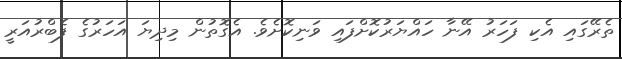
ތެރޭގައި އެކި ފަހަރު އޭނާ ހައްޔަރުކޮށްފައި ވަނިކޮށެވެ. އެގޮތުން މިދިޔަ އަހަރުގެ ފެބްރުއަރީ